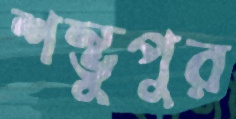
শম্ভুপুর